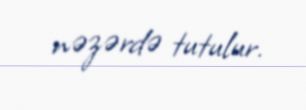
nəzərdə tutulur.